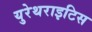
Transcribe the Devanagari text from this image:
युरेथराइटिस